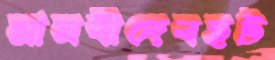
মানবীদেবহট